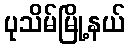
ပုသိမ်မြို့နယ်